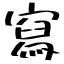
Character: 寫